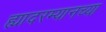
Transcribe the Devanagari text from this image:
ह्यादरम्यानच्या